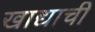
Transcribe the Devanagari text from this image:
खाद्याची